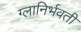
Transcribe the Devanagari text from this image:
ग्लानिर्भवती